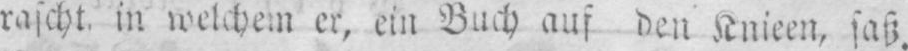
rascht in welchem er, ein Buch auf den Knieen, saß.